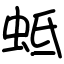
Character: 蚳